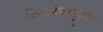
નિયમાનૂસાર